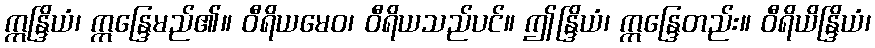
ဣန္ဒြိယံ၊ ဣန္ဒြေမည်၏။ ဝီရိယမေဝ၊ ဝီရိယသည်ပင်။ ဤန္ဒြိယံ၊ ဣန္ဒြေတည်း။ ဝီရိယိန္ဒြိယံ၊